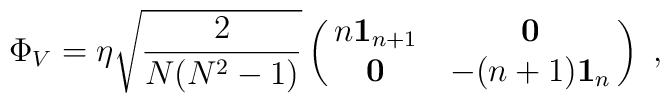
\Phi_V = \eta \sqrt{2 \over {N(N^2-1)}}                  \pmatrix{n{\bf 1}_{n+1}&{\bf 0}\cr                      {\bf 0}&-(n+1){\bf 1}_n\cr} \ ,